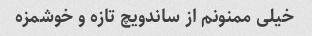
خیلی ممنونم از ساندویچ تازه و خوشمزه